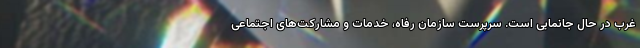
غرب در حال جانمایی است. سرپرست سازمان رفاه، خدمات و مشارکت‌های اجتماعی